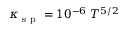
\kappa _ { \mathrm { ~ s ~ p ~ } } = 1 0 ^ { - 6 } \ T ^ { 5 / 2 }